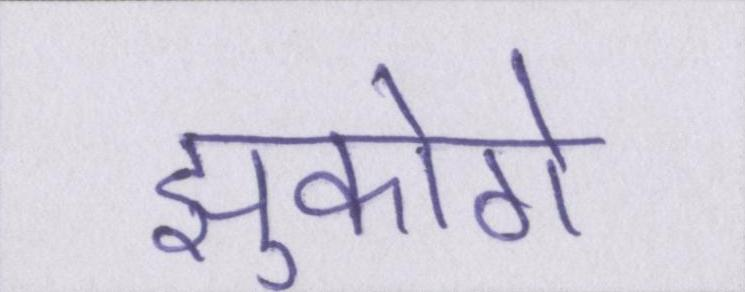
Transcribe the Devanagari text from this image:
झुकोगे